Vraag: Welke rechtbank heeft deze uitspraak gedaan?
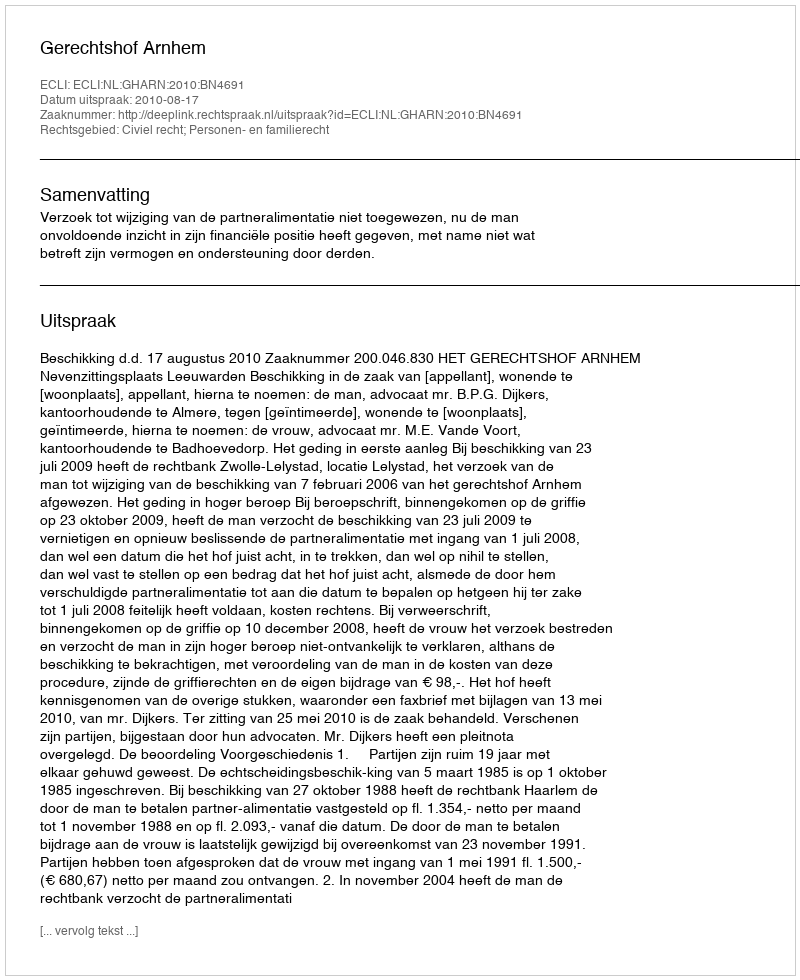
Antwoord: Gerechtshof Arnhem